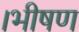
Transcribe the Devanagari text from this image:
।भीषण